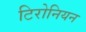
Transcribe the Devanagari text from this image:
टिरोनियन